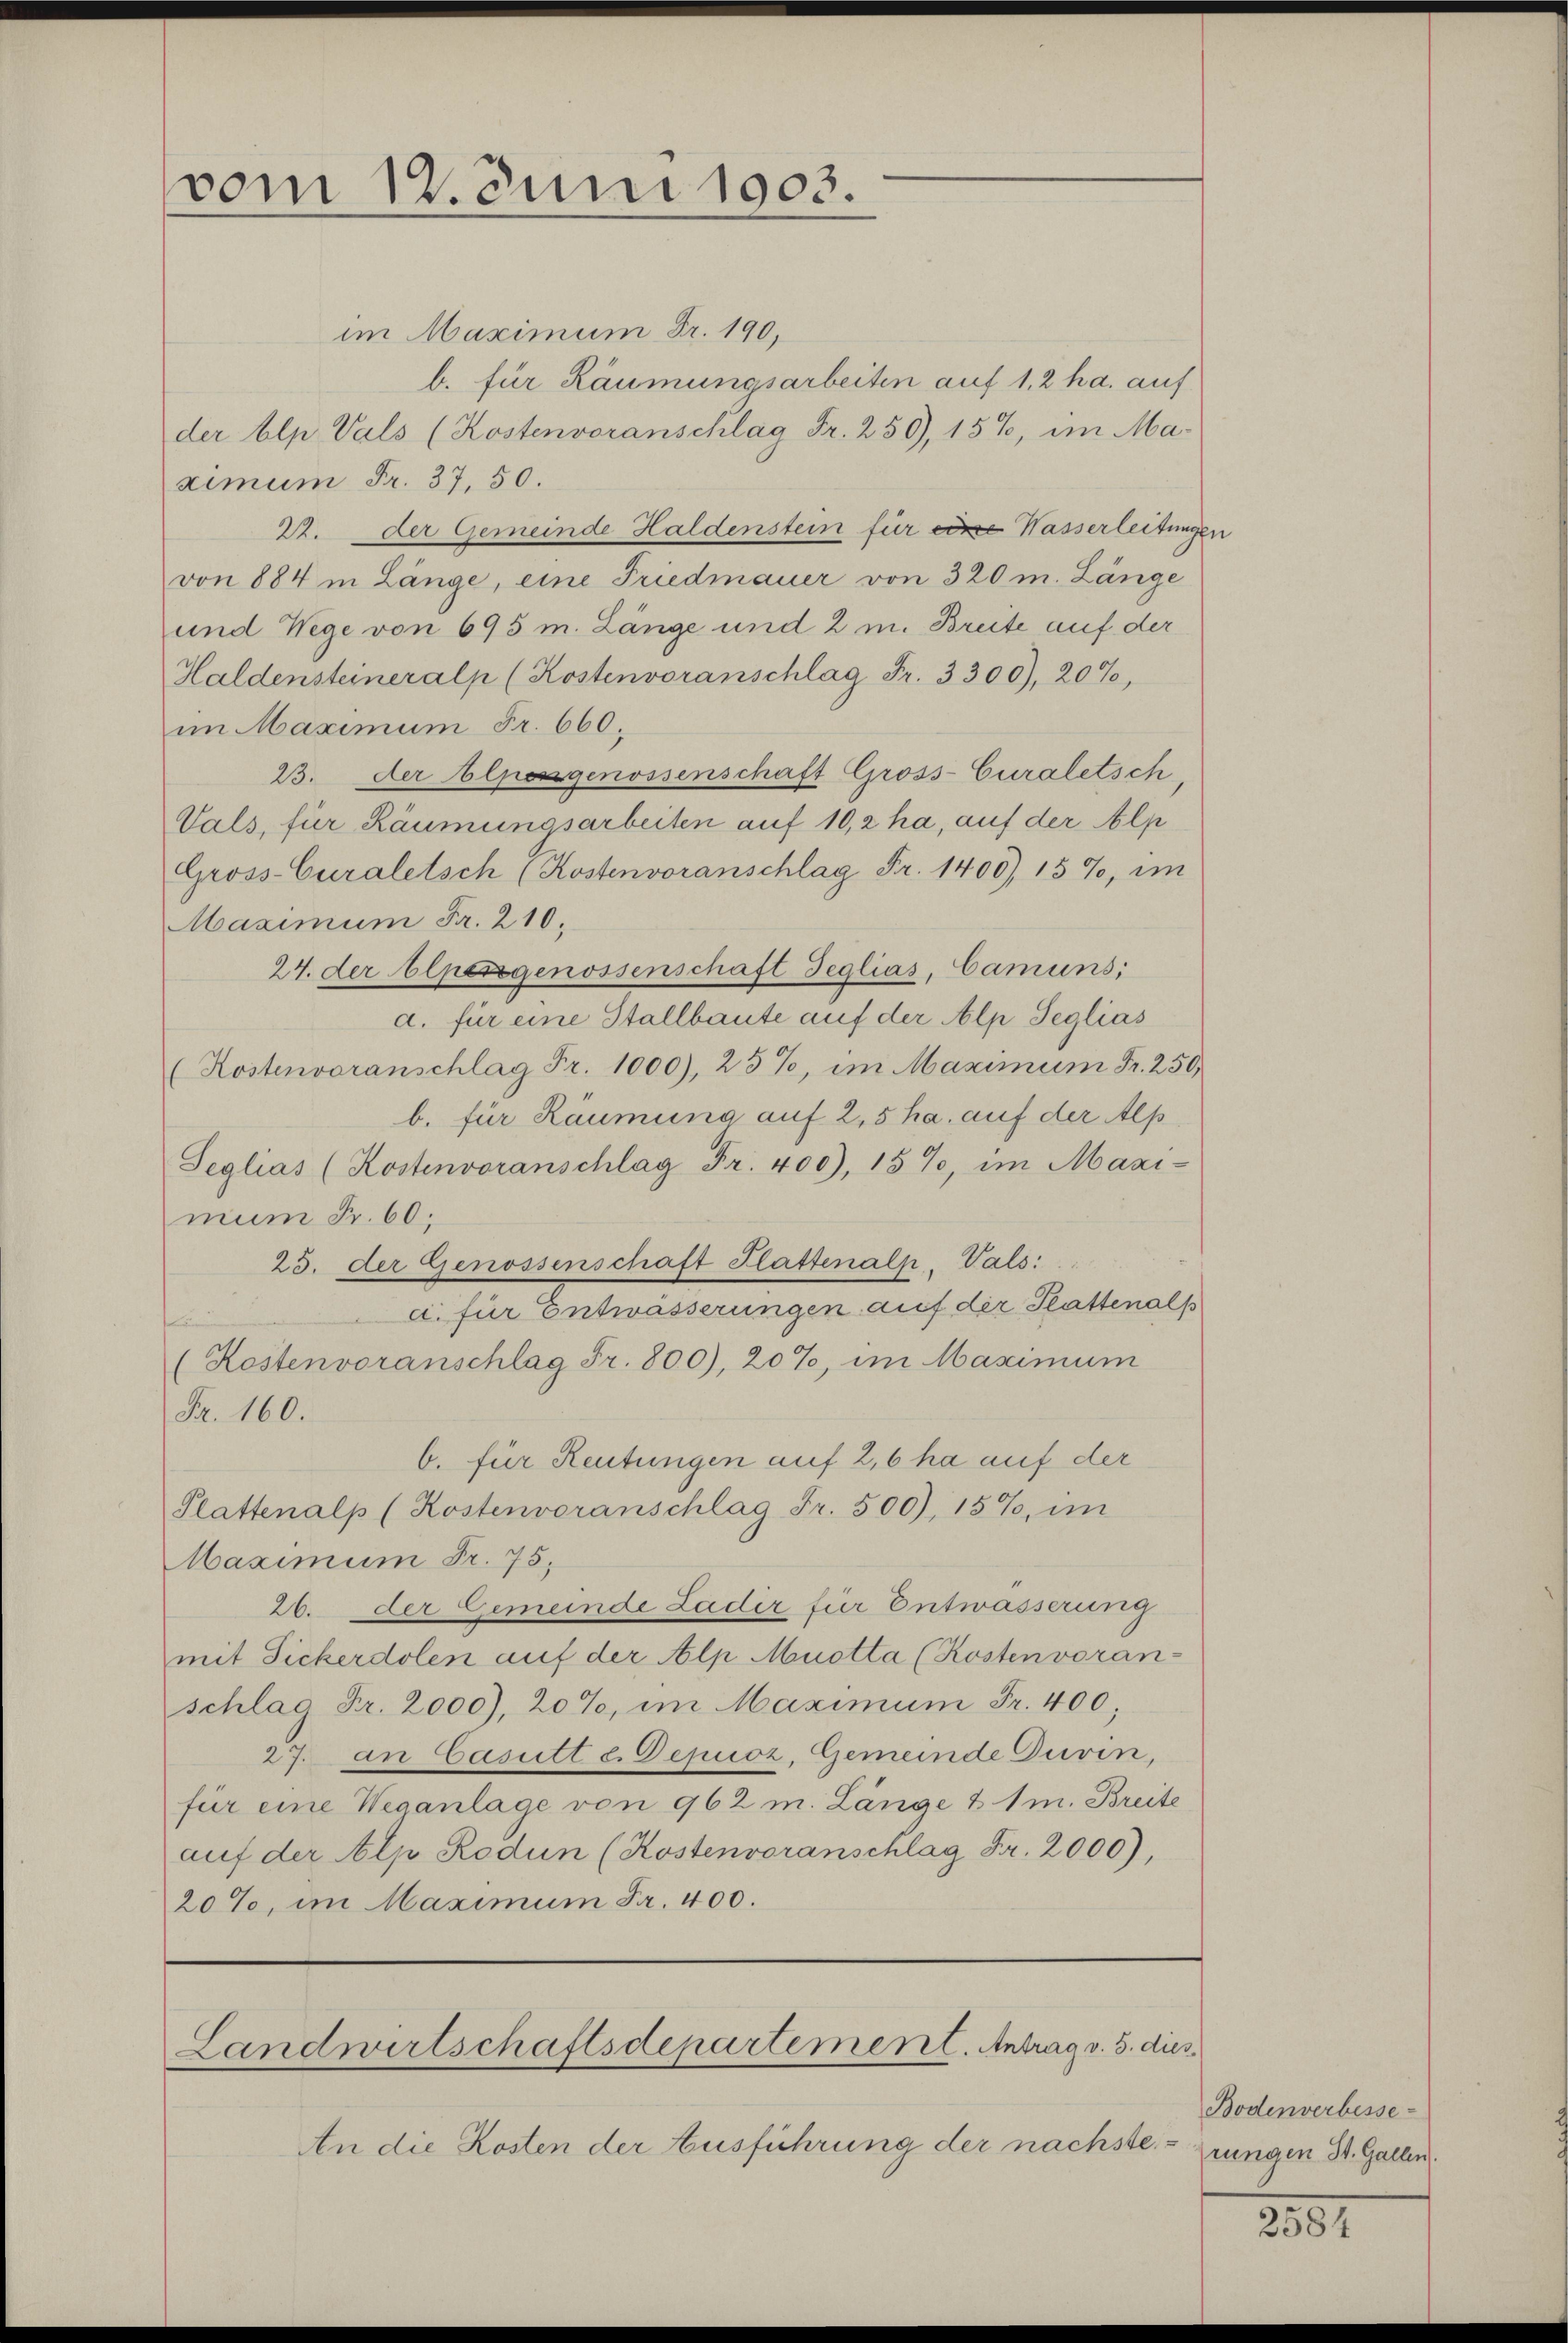
vom 12. Juni 1903.

im Maximum Fr. 190,
b. für Räumungsarbeiten auf 1,2 ha. auf
der blp Vals (Kostenvoranschlag Fr. 250), 15%, im Ma-
ximum Fr. 37, 50.
22. der Gemeinde Haldenstein für eine Wasserleitunge
von 884 in Länge, eine Friedmauer von 320 m. Länge
und Wege von 695 m. Länge und 2 m. Breite auf der
Haldensteineralp (Kostenvoranschlag Fr. 3300), 20%,
im Maximum Fr. 660.
23. Der blpessgenossenschaft Gross-Curaletsch,
Vals, für Räumungsarbeiten auf 10,2 ha, auf der Alp
Gross-Curaletsch (Kostenvoranschlag Fr. 1400), 157, im
Maximum Fr. 210.
24. der Alpengenossenschaft Jeglias, Camuns,
a. für eine Stallbaute auf der Alp Seglias
(Kostenvoranschlag Fr. 1000), 25%, im Maximum Fr. 250,
b. für Räumung auf 2,5 ha. auf der Alp
Seglias (Kostenvoranschlag Fr. 400), 15%, im Maxi-
mum Fr. 60.
25. der Genossenschaft Plattenalp, Vals:
a. für Entwässerungen auf der Plattenals
(Kostenvoranschlag Fr. 800), 20%, im Maximum
Fr. 160.
b. für Reutungen auf 2,6 ha auf der
Plattenalp (Kostenvoranschlag Fr. 500), 15%, im
Maximum Fr. 75.
26. der Gemeinde Ladir für Entwässerung
mit Sickerdolen auf der Alp Muotta (Kosten voran-
schlag Fr. 2000), 20%, im Maximum Fr. 400;
27. an Casutt c. Depuoz, Gemeinde Guvin,
für eine Weganlage von 962 m. Länge & 1 m. Breite
aŭf der Alp Rodun (Kostenvoranschlag Fr. 2000),
20%, im Maximum Fr. 400.

Landwirtschaftsdepartement. Antrag v. 5. dies

An die Kosten der Ausführung der nächste.

n

Bodenverbesse
e
rungen St. Gallen.

2584